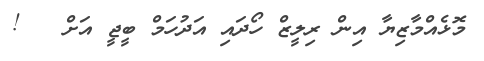
މޮޅެއްމާޒިޔާ އިން ރިލީޒް ހޯދައި އަދުހަމް ބީޖީ އަށް   !